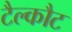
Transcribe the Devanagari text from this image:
टैल्कौट